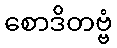
စောဒိတဗ္ဗံ